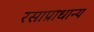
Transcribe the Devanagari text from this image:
रसाप्राधान्य